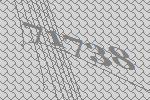
71738